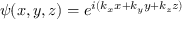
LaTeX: \psi ( x , y , z ) = e ^ { i ( k _ { x } x + k _ { y } y + k _ { z } z ) }